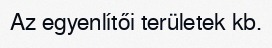
Az egyenlítői területek kb.